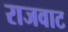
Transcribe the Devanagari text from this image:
राजवाट